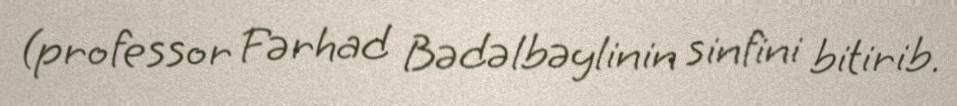
(professor Fərhad Bədəlbəylinin sinfini bitirib.